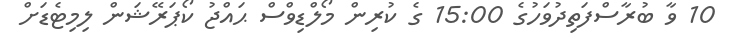
10 ވާ ބުރާސްފަތިދުވަހުގެ 15:00 ގެ ކުރިން މޯލްޑިވްސް ޙައްޖު ކޯޕަރޭޝަން ލިމިޓެޑަށް